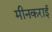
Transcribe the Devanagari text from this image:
मीनकराई